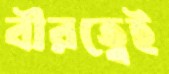
বীরত্বেই